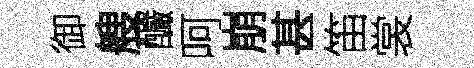
御艘釅呵崩甚笛裳